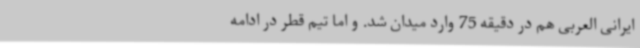
ایرانی العربی هم در دقیقه 75 وارد میدان شد. و اما تیم قطر در ادامه